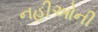
નહીઓની